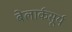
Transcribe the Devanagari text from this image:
बेलार्कसूर्य